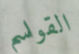
القواسم